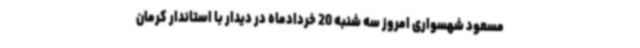
مسعود شهسواری امروز سه شنبه 20 خردادماه در دیدار با استاندار کرمان